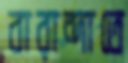
বারান্দাতে